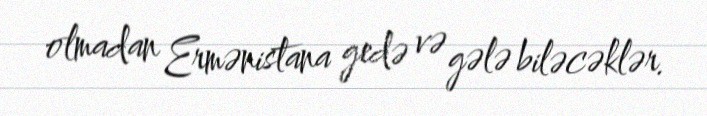
olmadan Ermənistana gedə və gələ biləcəklər.